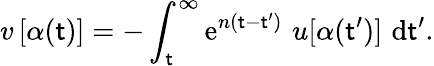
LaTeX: v\, [\alpha(\mathsf{t})]=-\int_{\mathsf{t}}^{\infty}\mathrm{{e}}^{n(\mathsf{t}-\mathsf{t}^{\prime})}\, \, u[\alpha(\mathsf{t}^{\prime})]\, \, \mathrm{{d}}\mathsf{t}^{\prime}.